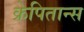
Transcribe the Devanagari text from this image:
क्रेपितान्स